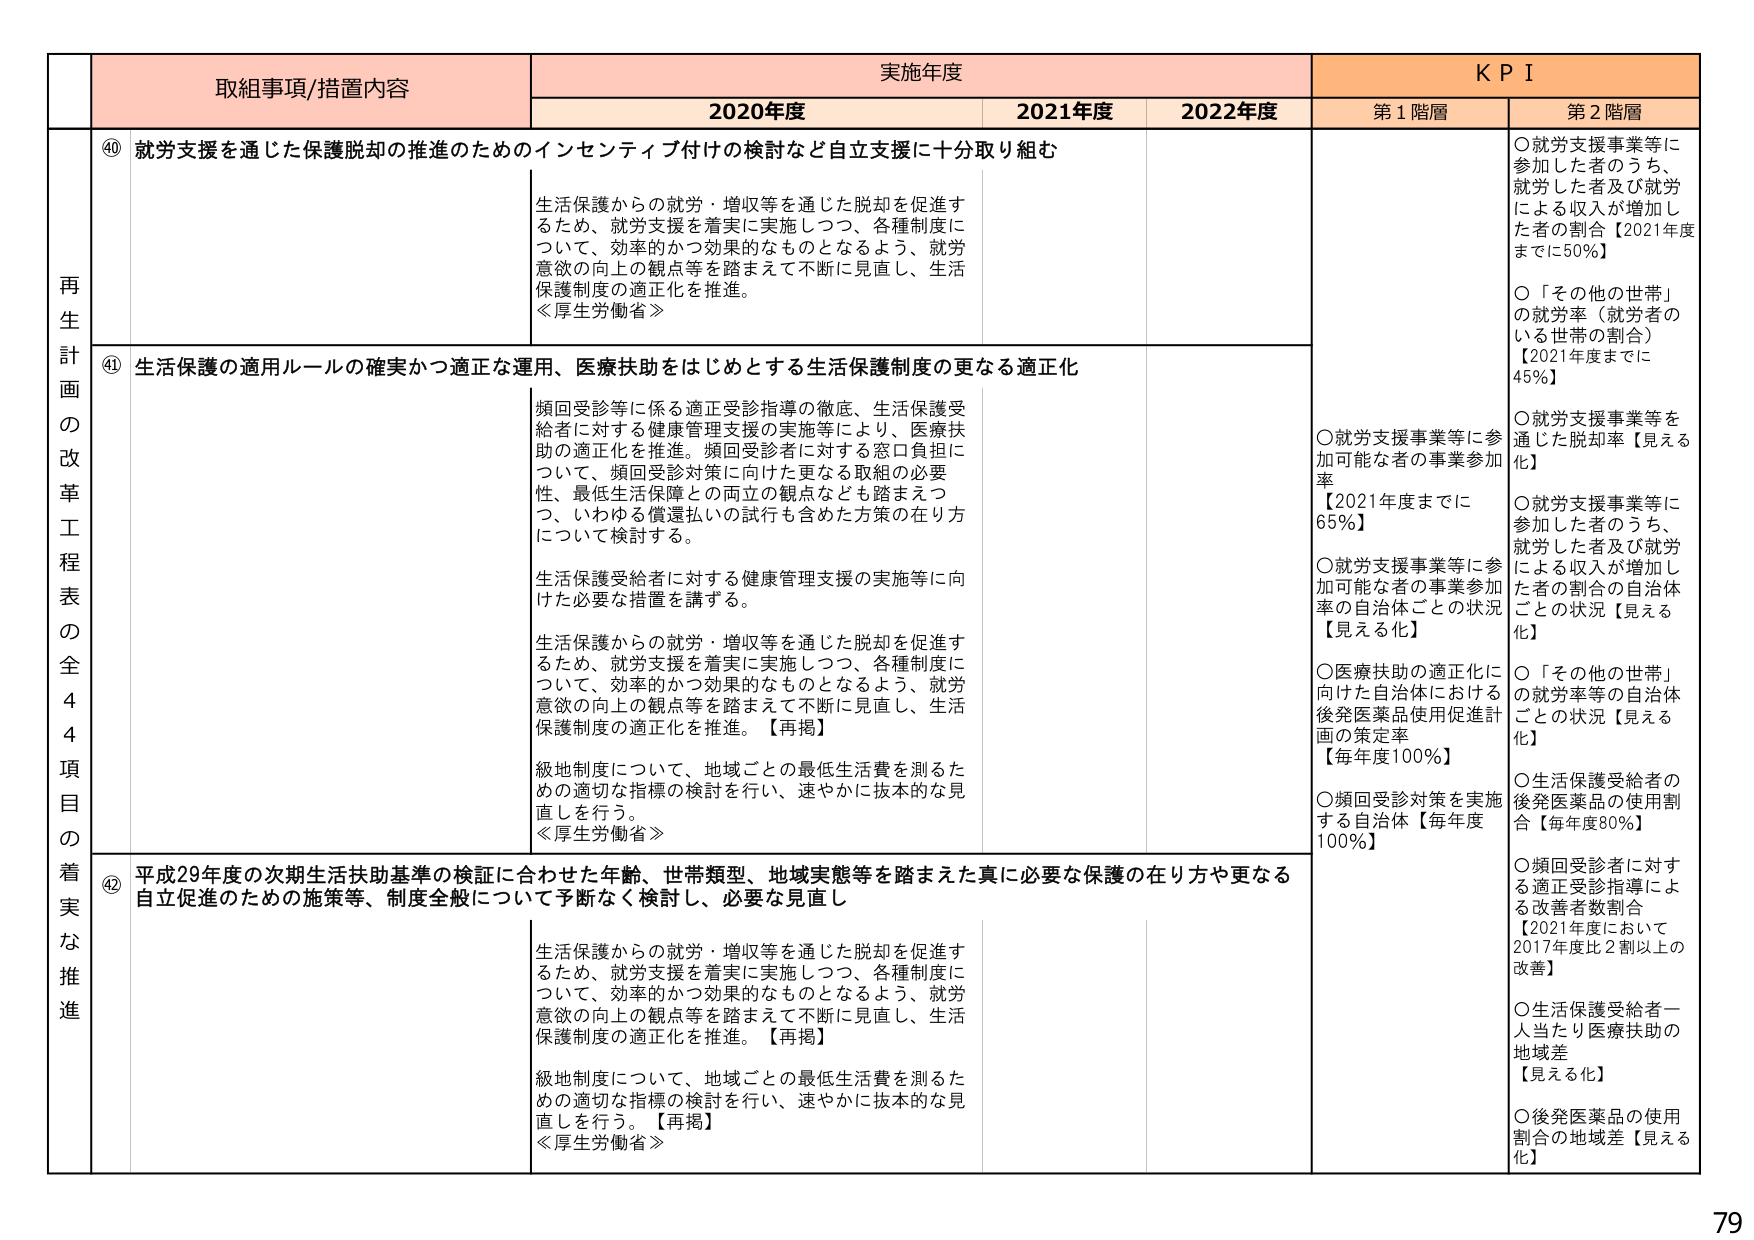
再生計画の改革工程表の全44項目の着実な推進

取組事項/措置内容

④０ 就労支援を通じた保護脱却の推進のためのインセンティブ付けの検討など自立支援に十分取り組む

生活保護からの就労・増収等を通じた脱却を促進するため、就労支援を着実に実施しつつ、各種制度について、効率的かつ効果的なものとなるよう、就労意欲の向上の観点等を踏まえて不断に見直し、生活保護制度の適正化を推進。
＜厚生労働省＞

④１ 生活保護の適用ルールの確実かつ適正な運用、医療扶助をはじめとする生活保護制度の更なる適正化

頻回受診等に係る適正受診指導の徹底、生活保護受給者に対する健康管理支援の実施等により、医療扶助の適正化を推進。頻回受診者に対する窓口負担について、頻回受診対策に向けた更なる取組の必要性、最低生活保障との両立の観点なども踏まえつつ、いわゆる償還払いの試行も含めた方策の在り方について検討する。

生活保護受給者に対する健康管理支援の実施等に向けた必要な措置を講ずる。

生活保護からの就労・増収等を通じた脱却を促進するため、就労支援を着実に実施しつつ、各種制度について、効率的かつ効果的なものとなるよう、就労意欲の向上の観点等を踏まえて不断に見直し、生活保護制度の適正化を推進。【再掲】

級地制度について、地域ごとの最低生活費を測るための適切な指標の検討を行い、速やかに抜本的な見直しを行う。
＜厚生労働省＞

④２ 平成29年度の次期生活扶助基準の検証に合わせた年齢、世帯類型、地域実態等を踏まえた真に必要な保護の在り方や更なる自立促進のための施策等、制度全般について予断なく検討し、必要な見直し

生活保護からの就労・増収等を通じた脱却を促進するため、就労支援を着実に実施しつつ、各種制度について、効率的かつ効果的なものとなるよう、就労意欲の向上の観点等を踏まえて不断に見直し、生活保護制度の適正化を推進。【再掲】

級地制度について、地域ごとの最低生活費を測るための適切な指標の検討を行い、速やかに抜本的な見直しを行う。【再掲】
＜厚生労働省＞

実施年度

2020年度
2021年度
2022年度

ＫＰＩ

第１階層

○就労支援事業等に参加可能な者の事業参加率【2021年度までに65％】

○就労支援事業等に参加可能な者の事業参加率の自治体ごとの状況【見える化】

○医療扶助の適正化に向けた自治体における後発医薬品使用促進計画の策定率【毎年度100％】

○頻回受診対策を実施する自治体【毎年度100％】

第２階層

○就労支援事業等に参加した者のうち、就労した者及び就労による収入が増加した者の割合【2021年度までに50％】

○「その他の世帯」の就労率（就労者のいる世帯の割合）【2021年度までに45％】

○就労支援事業等を通じた脱却率【見える化】

○就労支援事業等に参加した者のうち、就労した者及び就労による収入が増加した者の割合の自治体ごとの状況【見える化】

○「その他の世帯」の就労率等の自治体ごとの状況【見える化】

○生活保護受給者の後発医薬品の使用割合【毎年度80％】

○頻回受診者に対する適正受診指導による改善者数割合【2021年度において2017年度比2割以上の改善】

○生活保護受給者一人当たり医療扶助の地域差【見える化】

○後発医薬品の使用割合の地域差【見える化】

79